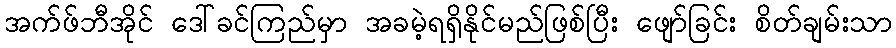
အက်ဖ်ဘီအိုင် ဒေါ်ခင်ကြည်မှာ အခမဲ့ရရှိနိုင်မည်ဖြစ်ပြီး ဖျော်ခြင်း စိတ်ချမ်းသာ